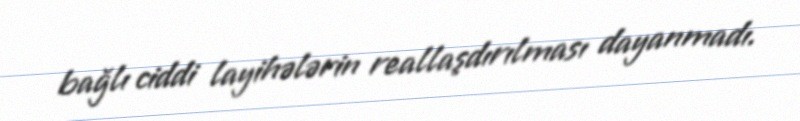
bağlı ciddi layihələrin reallaşdırılması dayanmadı.